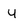
Character: u